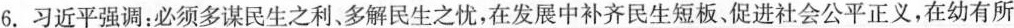
6.习近平强调：必须多谋民生之利、多解民生之忧，在发展中补齐民生短板、促进社会公平正义，在幼有所